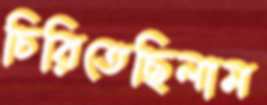
চিরিতেছিলাম